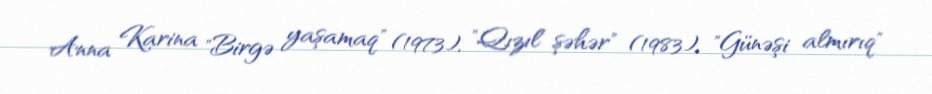
Anna Karina "Birgə yaşamaq" (1973), "Qızıl şəhər" (1983), "Günəşi almırıq"